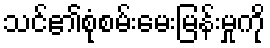
သင်၏စုံစမ်းမေးမြန်းမှုကို